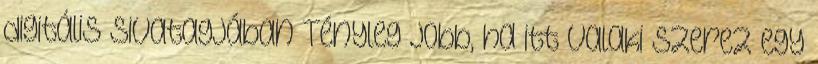
digitális sivatagjában Tényleg jobb, ha itt valaki szerez egy